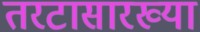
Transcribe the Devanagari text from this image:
तरटासारख्या